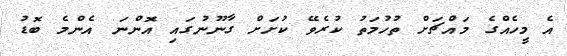
އެ މީހެއްގެ މައްޗަށް ތުހުމަތު ކުރެވޭ ކުށަށް ގާނޫނުގައި އޮންނަ އެންމެ ބޮޑު